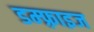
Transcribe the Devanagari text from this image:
डम्फ़्राइज